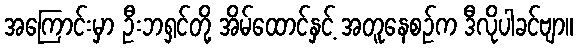
အကြောင်းမှာ ဦးဘရှင်တို့ အိမ်ထောင်နှင့် အတူနေစဉ်က ဒီလိုပါခင်ဗျာ။